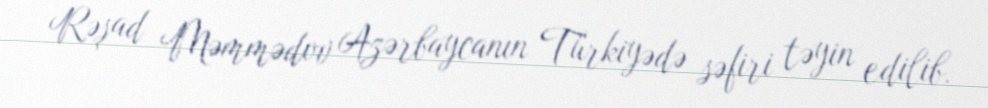
Rəşad Məmmədov Azərbaycanın Türkiyədə səfiri təyin edilib.